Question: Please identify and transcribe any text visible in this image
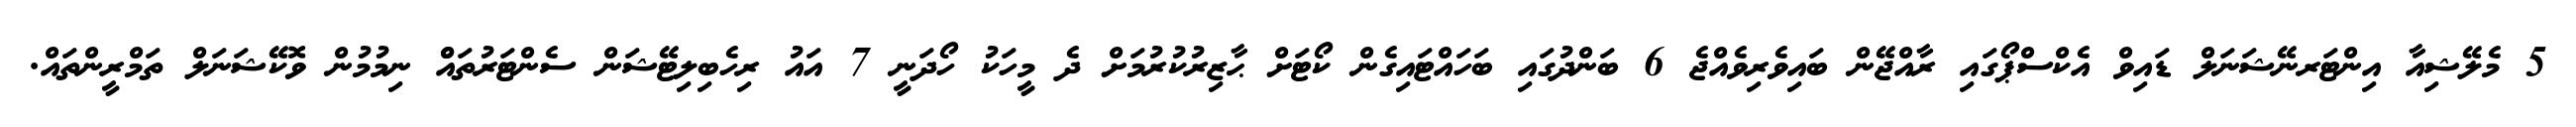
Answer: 5 މެލޭޝިއާ އިންޓަރނޭޝަނަލް ޑައިވް އެކްސްޕޯގައި ރާއްޖޭން ބައިވެރިވެއްޖެ 6 ބަންދުގައި ބަހައްޓައިގެން ކޯޓަށް ޙާޒިރުކުރުމަށް ދެ މީހަކު ހޯދަނީ 7 އައު ރިހެބިލިޓޭޝަން ސެންޓަރުތައްް ނިމުމުން ވޮކޭޝަނަލް ތަމްރީންތައް.